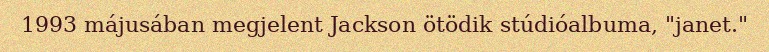
1993 májusában megjelent Jackson ötödik stúdióalbuma, "janet."